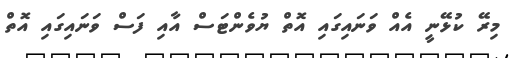
މިރޭ ކުޅޭނީ އެއް ވަނައިގައި އޮތް ޔުވެންޓަސް އާއި ފަސް ވަނައިގައި އޮތް